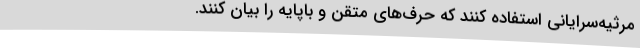
مرثیه‌سرایانی استفاده کنند که حرف‌های متقن و باپایه را بیان کنند.